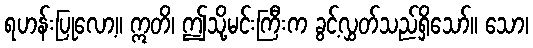
ရဟန်းပြုလော့။ ဣတိ၊ ဤသို့မင်းကြီးက ခွင့်လွှတ်သည်ရှိသော်။ သော၊